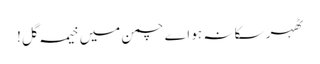
ٹھہر سکا نہ ہو اے چمن میں خیمہ گل!